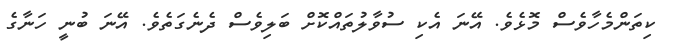
ކިތަންމެހާވެސް މޮޅެވެ. އޭނަ އެކި ސުވާލުތައްކޮށް ބަލިވެސް ދެނެގަތެވެ. އޭނަ ބުނީ ހަނާގެ